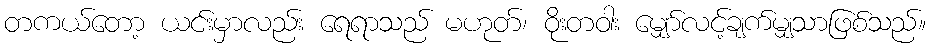
တကယ်တော့ ယင်းမှာလည်း ရေရာသည် မဟုတ်၊ ဝိုးတဝါး မျှော်လင့်ချက်မျှသာဖြစ်သည်။